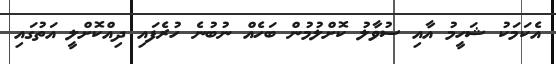
އެކަމަކު ޝަހީމު އާއި ސުވާލު ކޮށްލުމުން ބަހެއް ނުބުނެ ހުރެފައި ދިއްކޮށްލީ އަތުގައި